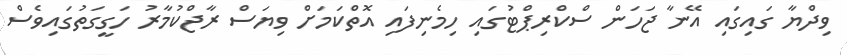
ވިދްޔާ ގައިގައި އޭނާ ޖަހަން ސްކްރިޕްޓުގައި ހިމެނިފައި އޮތްކަމަށް ވިޔަސް ރާޖްކުމާރު ހަގީގަތުގައިވެސް